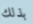
بذلك